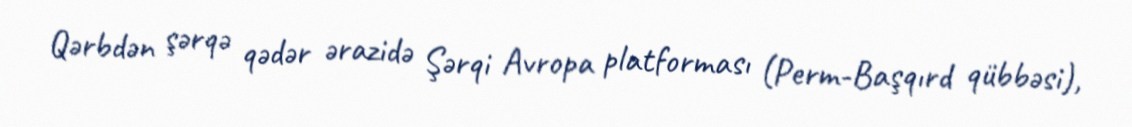
Qərbdən şərqə qədər ərazidə Şərqi Avropa platforması (Perm-Başqırd qübbəsi),